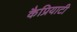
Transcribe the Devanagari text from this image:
कैप्रियाटी